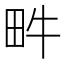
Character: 𤰼